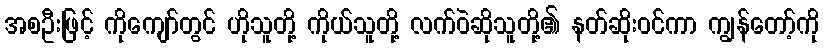
အစဦးဖြင့် ကိုကျော်တွင် ဟိုသူတို့ ကိုယ်သူတို့ လက်ဝဲဆိုသူတို့၏ နတ်ဆိုးဝင်ကာ ကျွန်တော့်ကို